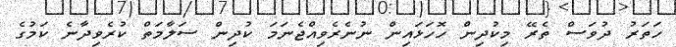
ހަތަރު ދުވަސް ތެރޭ މިކުދިން ހޮހަޅައިން ނުނެރެވިއްޖެނަމަ ކުދިން ސަލާމަތް ކުރެވިދާނެ ކަމުގެ